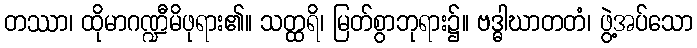
တဿာ၊ ထိုမာဂဏ္ဍီမိဖုရား၏။ သတ္ထရိ၊ မြတ်စွာဘုရား၌။ ဗဒ္ဓါဃာတတံ၊ ဖွဲ့အပ်သော